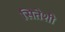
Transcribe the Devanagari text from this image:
सितेशी